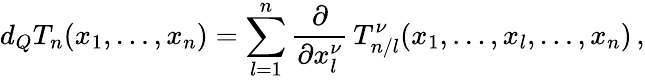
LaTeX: d_{Q}T_{n}(x_{1},\ldots,x_{n})=\sum_{l=1}^{n}\frac{\partial}{\partial x_{l}^{\nu}}\, T_{n/l}^{\nu}(x_{1},\ldots,x_{l},\ldots,x_{n})\, ,